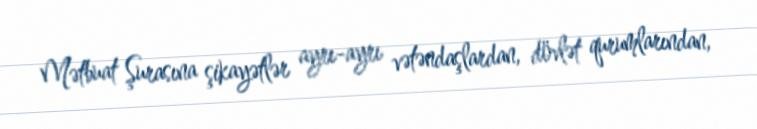
Mətbuat Şurasına şikayətlər ayrı-ayrı vətəndaşlardan, dövlət qurumlarından,